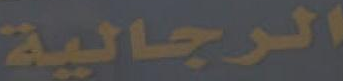
الرجالية